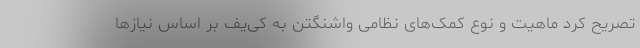
تصریح کرد ماهیت و نوع کمک‌های نظامی واشنگتن به کی‌یف بر اساس نیازها